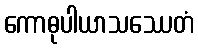
ကောဓုပါယာသဿေတံ